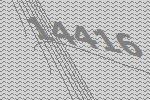
14416